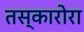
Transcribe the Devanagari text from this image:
तस्कारोरा